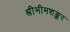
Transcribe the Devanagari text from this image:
श्रीभीमशङ्कर